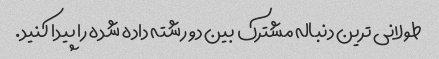
طولانی ترین دنباله مشترک بین دو رشته داده شده را پیدا کنید.